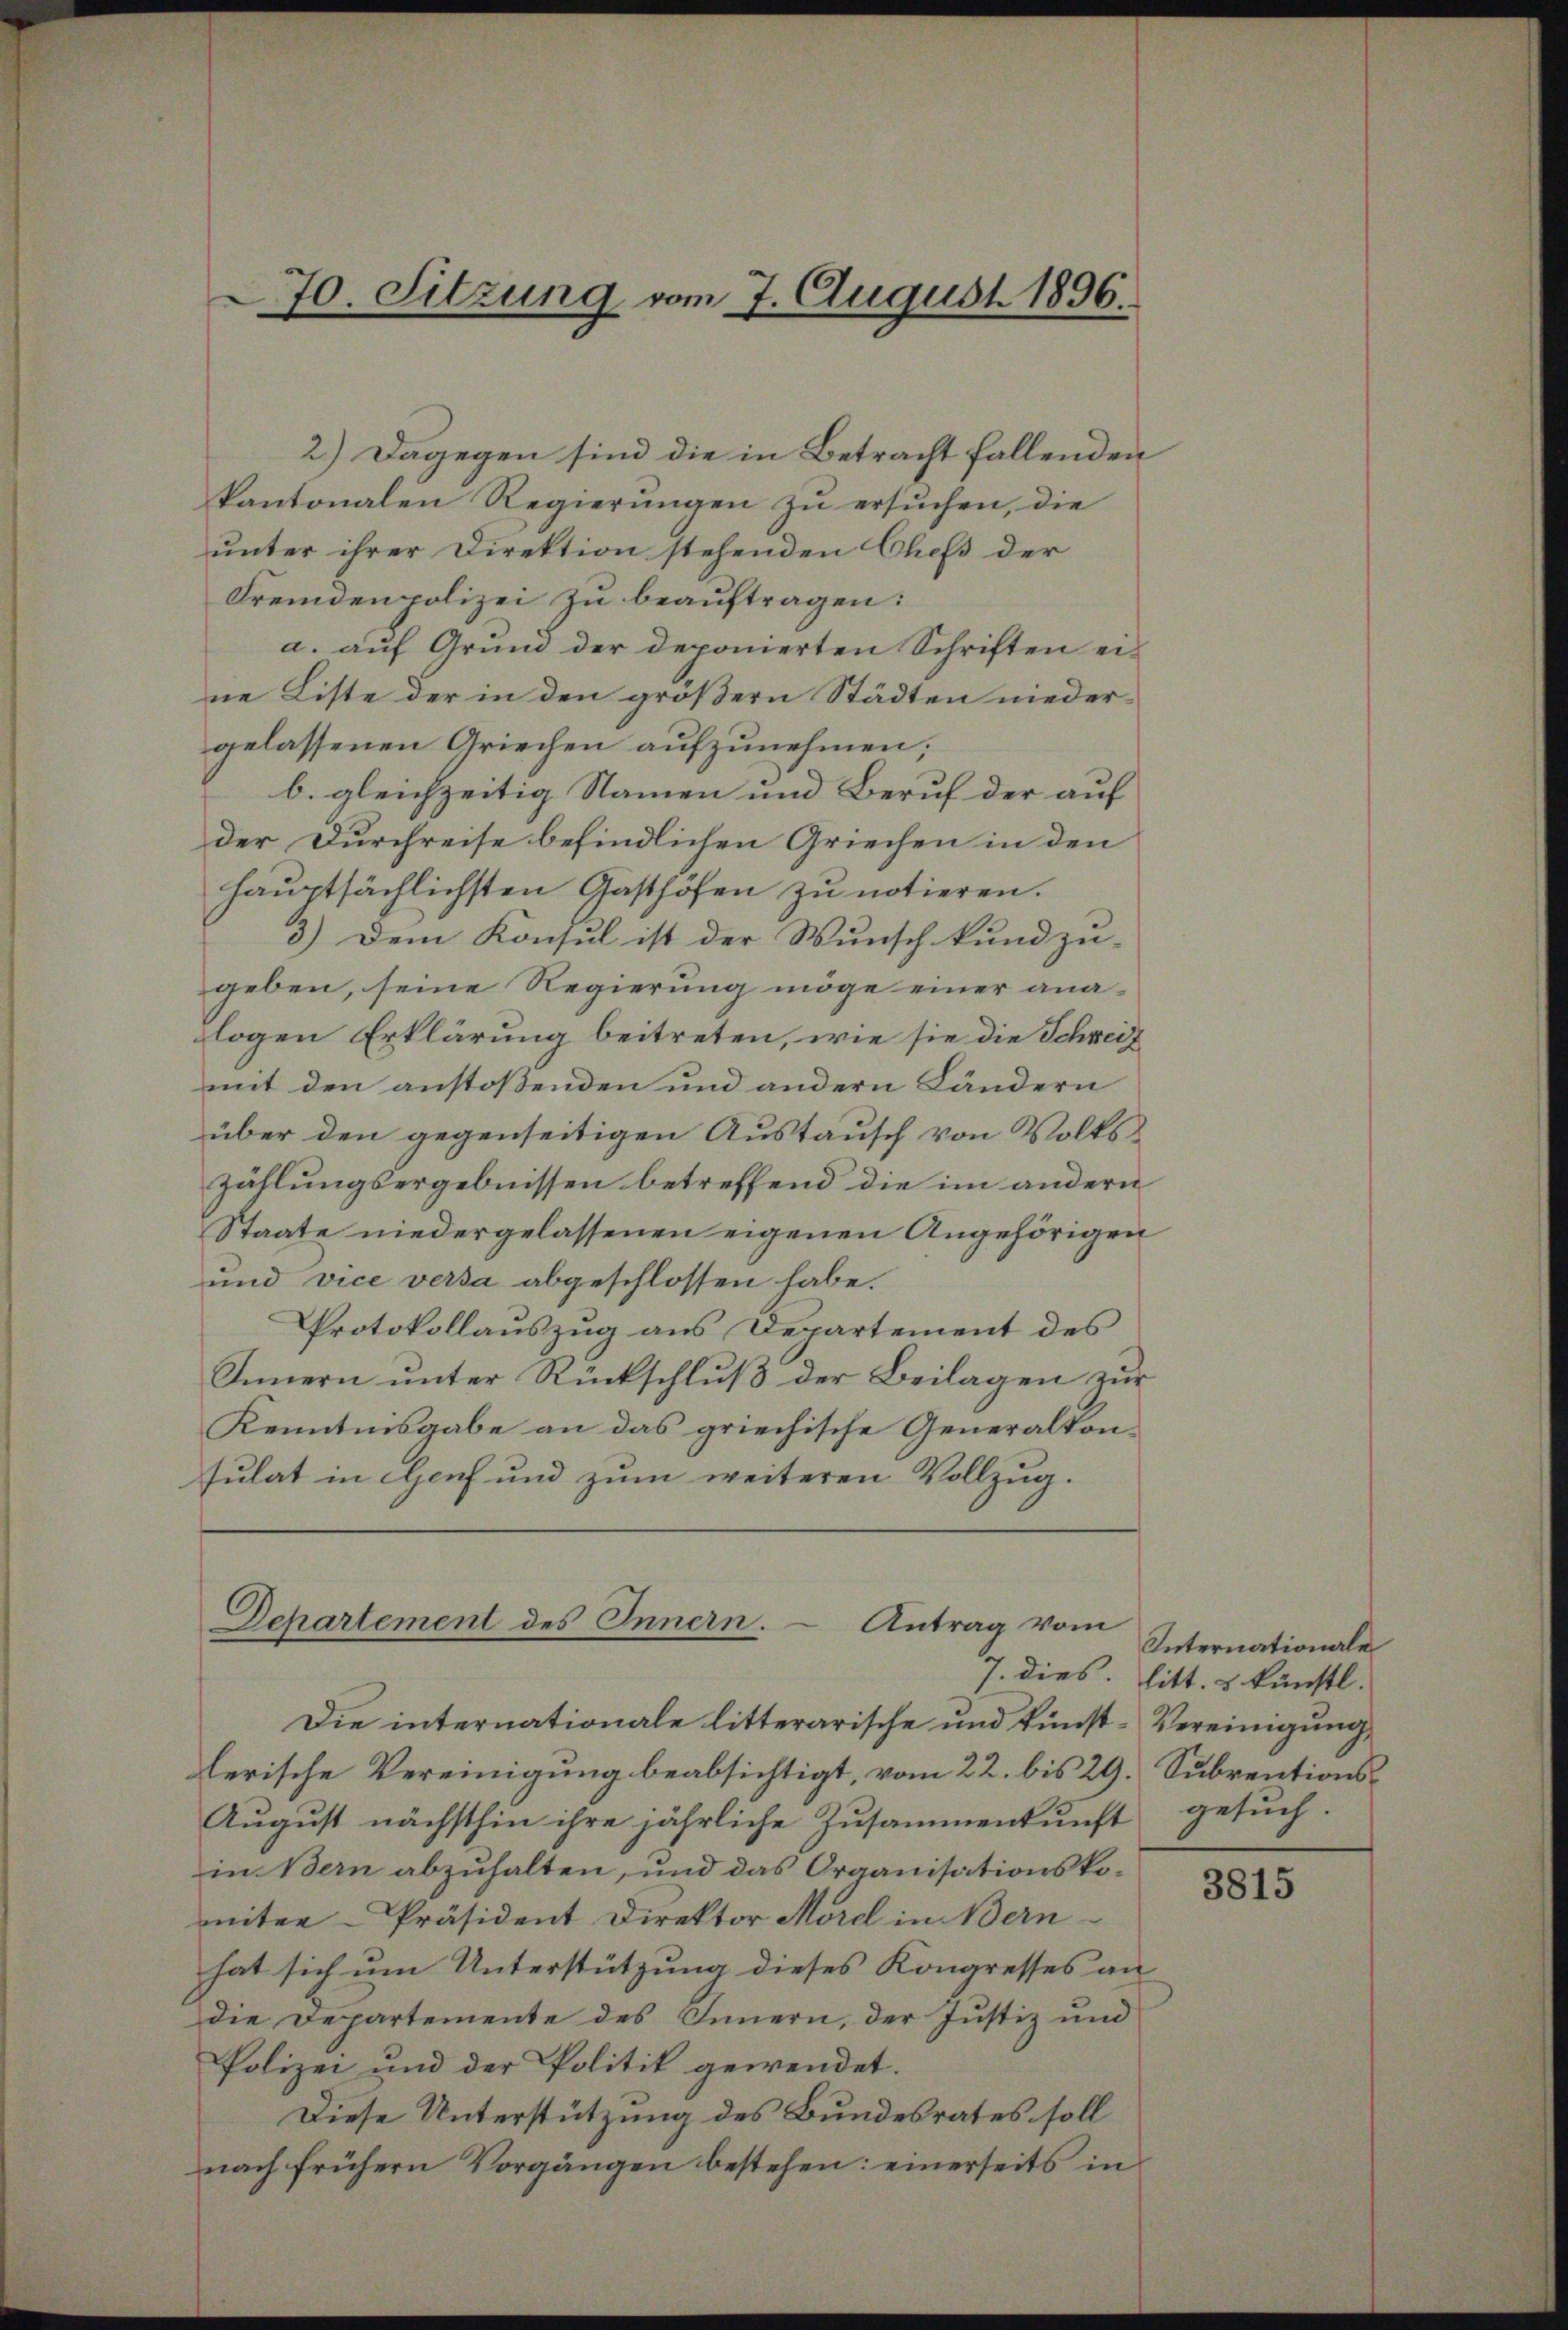
70. Sitzung vom 7. August 1896.

2.) Dagegen sind die in Betracht fallenden
kantonalen Regierŭngen zu ersuchen, die
unter ihrer Direktion stehenden Chefs der
Fremdenpolizei zu beauftragen:
a. auf Grund der deponierten Schriften ei-
ne Liste der in den größern Städten niedergelassenen Griechen aufzunehmen;
b. gleichzeitig Namen und Beruf der auf
der Durchreise befindlichen Griechen in den
hauptsächlichsten Gasthöfen zu notieren.
3.) Dem Konsul ist der Wunsch kund zu-
geben, seine Regierung möge einer ana-
logen Erklärung beitreten, wie sie die Schreif
mit den anstoßenden und andern Ländern
über den gegenseitigen Austausch von Volkszählungsergebnissen betreffend die im andern
Staate niedergelassenen eigenen Angehörigen
und vice versa abgeschlossen habe.
Protokollauszug aus Departement des
Innern unter Rückschluß der Beilagen zur
Kenntnisgabe an das griechische Generalkonsulat in Genf und zum weiteren Vollzug.

Die internationale litterarische und kunst-Vereinigung,
lerische Vereinigung beabsichtigt, vom 22. bis 29. Subrentions¬
August nächsthin ihre jährliche Zusammenkunft
in Bern abzuhalten, und das Organisationskomiter-Präsident Direktor Morel in Bern-
hat sich um Unterstützung dieses Kongresses an
die Departemente des Innern, der Justiz und
Polizei und der Politik gewendet.
Diese Unterstützung des Bundesrates soll
nach frühern Vorgängen bestehen: einerseits in

Departement des Innern. Antrag vom

Internationale
7. dies. litt. u künstl.
gesuch.

3815